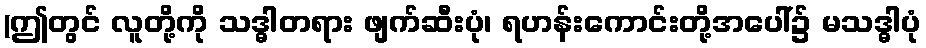
(ဤတွင် လူတို့ကို သဒ္ဓါတရား ဖျက်ဆီးပုံ၊ ရဟန်းကောင်းတို့အပေါ်၌ မသဒ္ဓါပုံ